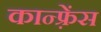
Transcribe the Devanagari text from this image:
कान्फ़्रेंस